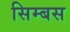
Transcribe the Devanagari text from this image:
सिम्बस